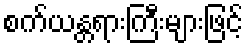
စက်ယန္တရားကြီးများဖြင့်